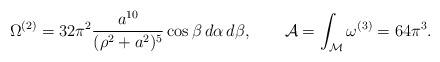
LaTeX: \begin{align*}\Omega^{(2)}=32\pi^2{a^{10}\over (\rho^2+a^2)^5}\cos\beta\, d\alpha \, d\beta,\quad\quad{\cal A}=\int_{\cal M} \omega^{(3)}=64\pi^3.\end{align*}